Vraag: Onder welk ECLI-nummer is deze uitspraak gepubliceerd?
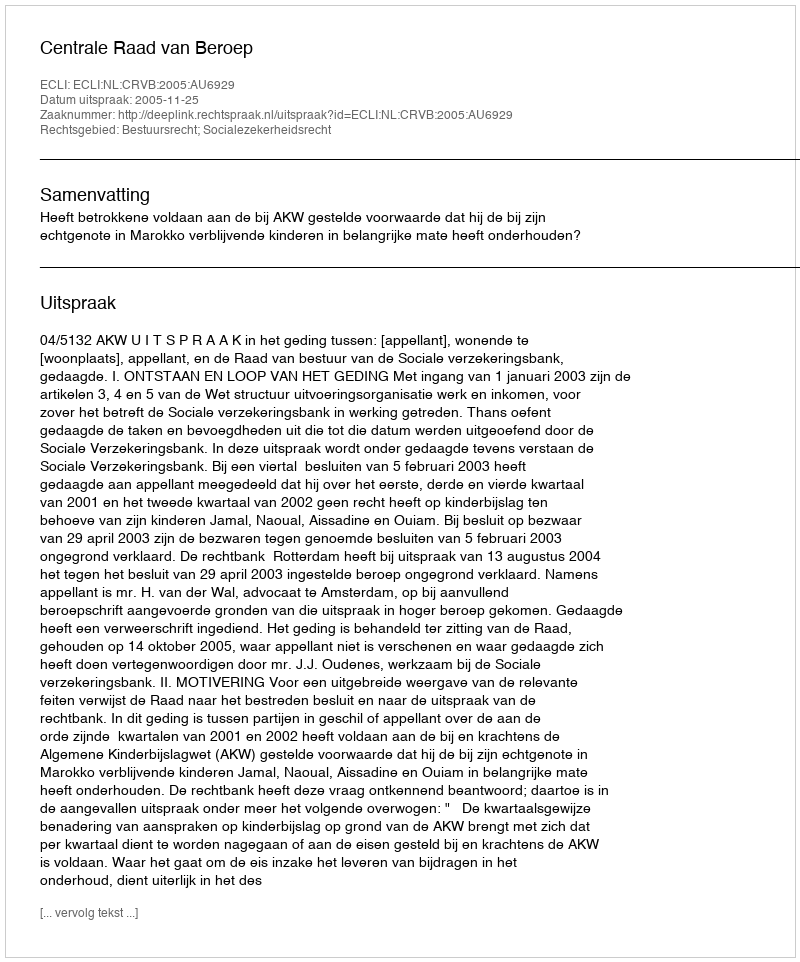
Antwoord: ECLI:NL:CRVB:2005:AU6929